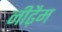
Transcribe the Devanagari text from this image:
नीढ़ैम